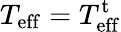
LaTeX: T_{\mathrm{eff}}=T_{\mathrm{eff}}^{\mathrm{t}}